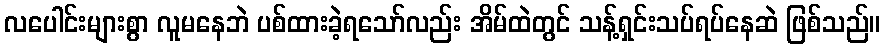
လပေါင်းများစွာ လူမနေဘဲ ပစ်ထားခဲ့ရသော်လည်း အိမ်ထဲတွင် သန့်ရှင်းသပ်ရပ်နေဆဲ ဖြစ်သည်။